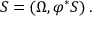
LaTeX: S = ( \Omega , \varphi ^ { * } S ) \, .